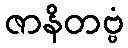
ဇာနိတဗ္ဗံ